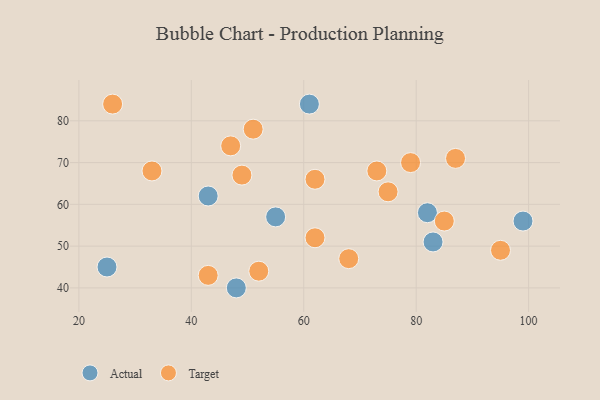
{"axis": {"x": "GDP", "y": "Life Expectancy"}, "legend": ["Actual", "Target"], "data": [{"x": "55", "y": 57, "type": "Actual"}, {"x": "61", "y": 84, "type": "Actual"}, {"x": "25", "y": 45, "type": "Actual"}, {"x": "83", "y": 51, "type": "Actual"}, {"x": "48", "y": 40, "type": "Actual"}, {"x": "43", "y": 62, "type": "Actual"}, {"x": "82", "y": 58, "type": "Actual"}, {"x": "99", "y": 56, "type": "Actual"}, {"x": "43", "y": 43, "type": "Target"}, {"x": "95", "y": 49, "type": "Target"}, {"x": "75", "y": 63, "type": "Target"}, {"x": "52", "y": 44, "type": "Target"}, {"x": "62", "y": 66, "type": "Target"}, {"x": "85", "y": 56, "type": "Target"}, {"x": "79", "y": 70, "type": "Target"}, {"x": "47", "y": 74, "type": "Target"}, {"x": "51", "y": 78, "type": "Target"}, {"x": "68", "y": 47, "type": "Target"}, {"x": "73", "y": 68, "type": "Target"}, {"x": "33", "y": 68, "type": "Target"}, {"x": "49", "y": 67, "type": "Target"}, {"x": "62", "y": 52, "type": "Target"}, {"x": "87", "y": 71, "type": "Target"}, {"x": "26", "y": 84, "type": "Target"}]}